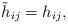
LaTeX: \begin{align*}\tilde{h}_{ij} = h_{ij},\end{align*}